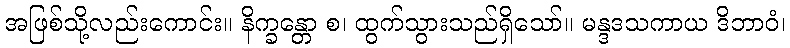
အဖြစ်သို့လည်းကောင်း။ နိက္ခန္တော စ၊ ထွက်သွားသည်ရှိသော်။ မန္ဒဒသကာယ ဒိဘာဝံ၊